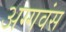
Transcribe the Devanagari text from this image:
अग्गवंस